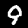
Label: 9